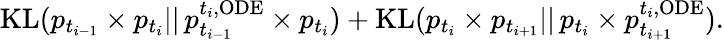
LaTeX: \begin{array}{r}{\mathrm{KL}(p_{t_{i-1}}\times p_{t_{i}}||\, p_{t_{i-1}}^{t_{i},\mathrm{ODE}}\times p_{t_{i}})+\mathrm{KL}(p_{t_{i}}\times p_{t_{i+1}}||\, p_{t_{i}}\times p_{t_{i+1}}^{t_{i},\mathrm{ODE}}).}\end{array}